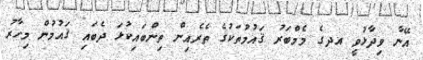
އޭނާ ވިދާޅުވީ އދގެ މެމްބަރު ޤައުމުތަކުގެ ތެރެއިން ތިންބައިކުޅަ ދެބައި ޤައުމުން މިހާރު